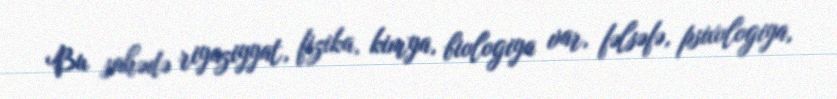
Bu sahədə riyaziyyat, fizika, kimya, biologiya var, fəlsəfə, psixologiya,